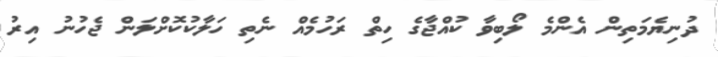
ދުނިޔެމަތިން އެންމެ ލޯބިވާ ކުއްޖާގެ ހިތް ރަހުމެއް ނެތި ހަލާކުކޮށްލަން ޖެހުނު އިރު